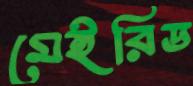
মেইরিড